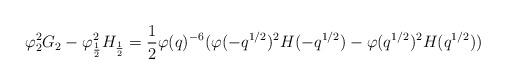
LaTeX: \begin{align*} \varphi_2^2G_2-\varphi_\frac{1}{2}^2H_\frac{1}{2} = \dfrac{1}{2}\varphi(q)^{-6}(\varphi(-q^{1/2})^2H(-q^{1/2})-\varphi(q^{1/2})^2H(q^{1/2}))\end{align*}